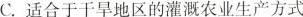
C. 适合于干旱地区的灌溉农业生产方式